Vaccination in the Punjab 1883-1896 - 1883-1896
Year: 1883
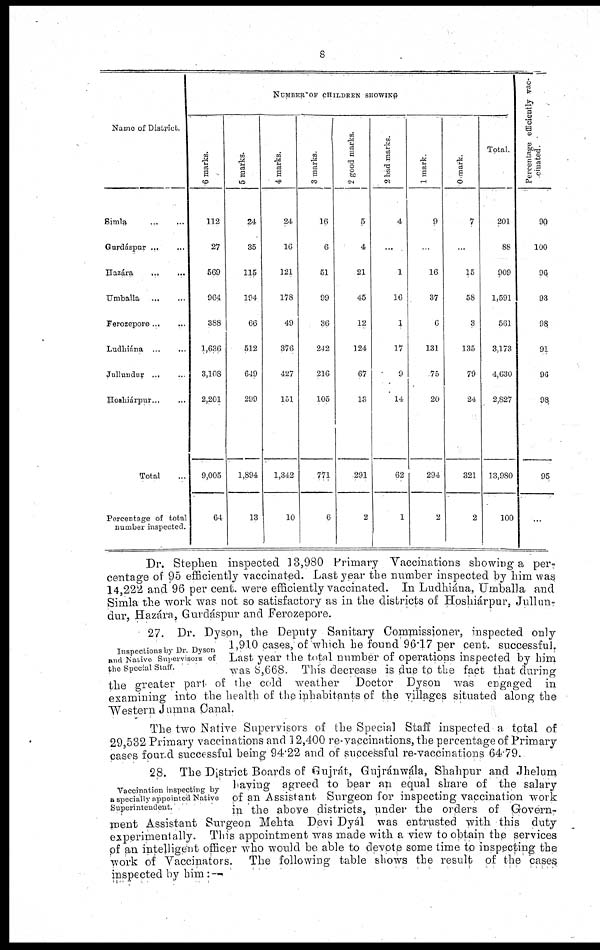
8
Name of District
Simla ... ...
Gurdáspur ... ...
Hazára ... ...
Umballa
Ferozepore ... ...
Ludhiána
...
...
Jullundur ... ...
Hoshiárpur ... ...
Total ...
Percentage of total
number inspected.
NUMBER OF CHILDREN SHOWING
6 marks.
112
27
569
964
388
1,636
3,108
2,201
9,005
64
5 marks.
24
35
115
194
66
512
649
299
1,894
13
4 marks.
24
16
121
178
49
376
427
151
1,342
10
3 marks
16
6
51
99
36
242
216
105
771
6
2 good marks.
5
4
21
45
12
124
67
13
291
2
2 bad marks.
4
...
1
16
1
17
9
14
62
1
1 mark.
9
...
16
37
6
131
75
20
294
2
0 mark.
7
...
15
58
3
135
79
24
321
2
Total.
201
88
909
1,591
561
3,173
4,630
2,827
13,980
100
Percentage efficiently vac¬
cinated.
90
100
96
93
98
91
96
98
95
...
Dr. Stephen inspected 13,980 Primary Vaccinations showing a per-
centage of 95 efficiently vaccinated. Last year the number inspected by him was
14,222 and 96 per cent. were efficiently vaccinated. In Ludhiána, Umballa and
Simla the work was not so satisfactory as in the districts of Hoshiárpur, Jullun-
dur, Hazára, Gurdáspur and Ferozepore.
Inspections by Dr. Dyson
and Native Supervisons of
the Special Staff.
27. Dr. Dyson, the Deputy Sanitary Commissioner, inspected only
1,910 cases, of which he found 96.17 per cent. successful.
Last year the total number of operations inspected by him
was 8,668. This decrease is due to the fact that during
the greater part of the cold weather
Doctor Dyson was engaged in
examining into the health of the inhabitants of the villages situated along the
Western Jumna Canal.
The two Native Supervisors of the Special Staff inspected a total of
29,532 Primary vaccinations and 12,400 re-vaccinations, the percentage of Primary
cases found successful being 94.22 and of successful re-vaccinations 64.79.
Vaccination inspecting by
a specially appointed Native
Superintendent.
28. The District Boards of Gujrát, Gujránwála, Shahpur and Jhelum
having agreed to bear an equal share of the salary
of an Assistant Surgeon for inspecting vaccination work
in the above districts, under the orders of Govern-
ment Assistant Surgeon Mehta Devi Dyal was entrusted with this duty
experimentally. This appointment was made with a view to obtain the services
of an intelligent officer who would be able to devote some time to inspecting the
work of Vaccinators.
The following table shows the result of the cases
inspected by him: —